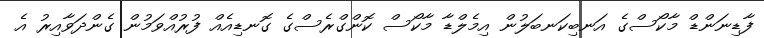
ފާޑިނަންޑް މާކޯސްގެ އަނބިކަނބަލުން އިމެލްޑާ މާކޯސް ކޮންގްރެސްގެ ގޮނޑިއެއް ފުރުއްވަމުން ގެންދަވާއިރު އެ